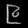
Digit: ၉